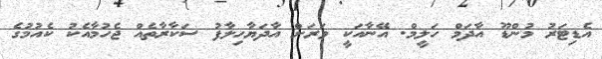
އެޑިޓަރު މުންޑޫ އާދަމް ހަލީމް. އޭނާއަކީ ވަރަށް އާދަޔާހިލާފު ސަކާރާތެއް ޖެހުމާއެކު ކެއުމުގެ